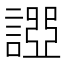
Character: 𧪧